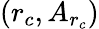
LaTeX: (r_{c},A_{r_{c}})